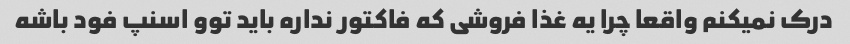
درک نمیکنم واقعا چرا یه غذا فروشی که فاکتور نداره باید توو اسنپ فود باشه